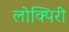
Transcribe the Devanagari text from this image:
लोक्पिरी